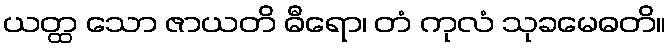
ယတ္ထ သော ဇာယတိ ဓီရော၊ တံ ကုလံ သုခမေဓတိ။